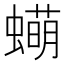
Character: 𬠫